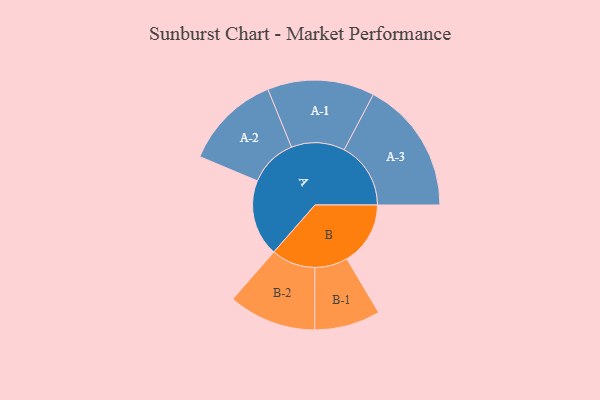
{"axis": {"x": "Segment", "y": "Value"}, "legend": ["", "A", "B"], "data": [{"x": "A", "y": 305, "type": ""}, {"x": "B", "y": 253, "type": ""}, {"x": "A-1", "y": 213, "type": "A"}, {"x": "A-2", "y": 192, "type": "A"}, {"x": "A-3", "y": 265, "type": "A"}, {"x": "B-1", "y": 131, "type": "B"}, {"x": "B-2", "y": 175, "type": "B"}]}